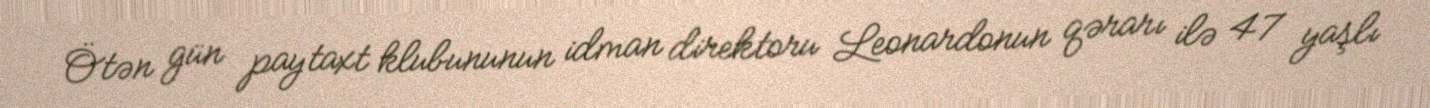
Ötən gün paytaxt klubununun idman direktoru Leonardonun qərarı ilə 47 yaşlı